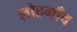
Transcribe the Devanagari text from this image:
लोहगाँव